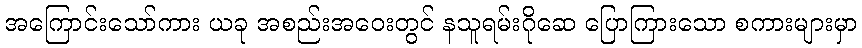
အကြောင်းသော်ကား ယခု အစည်းအဝေးတွင် နသူရမ်းဂိုဆေ ပြောကြားသော စကားများမှာ